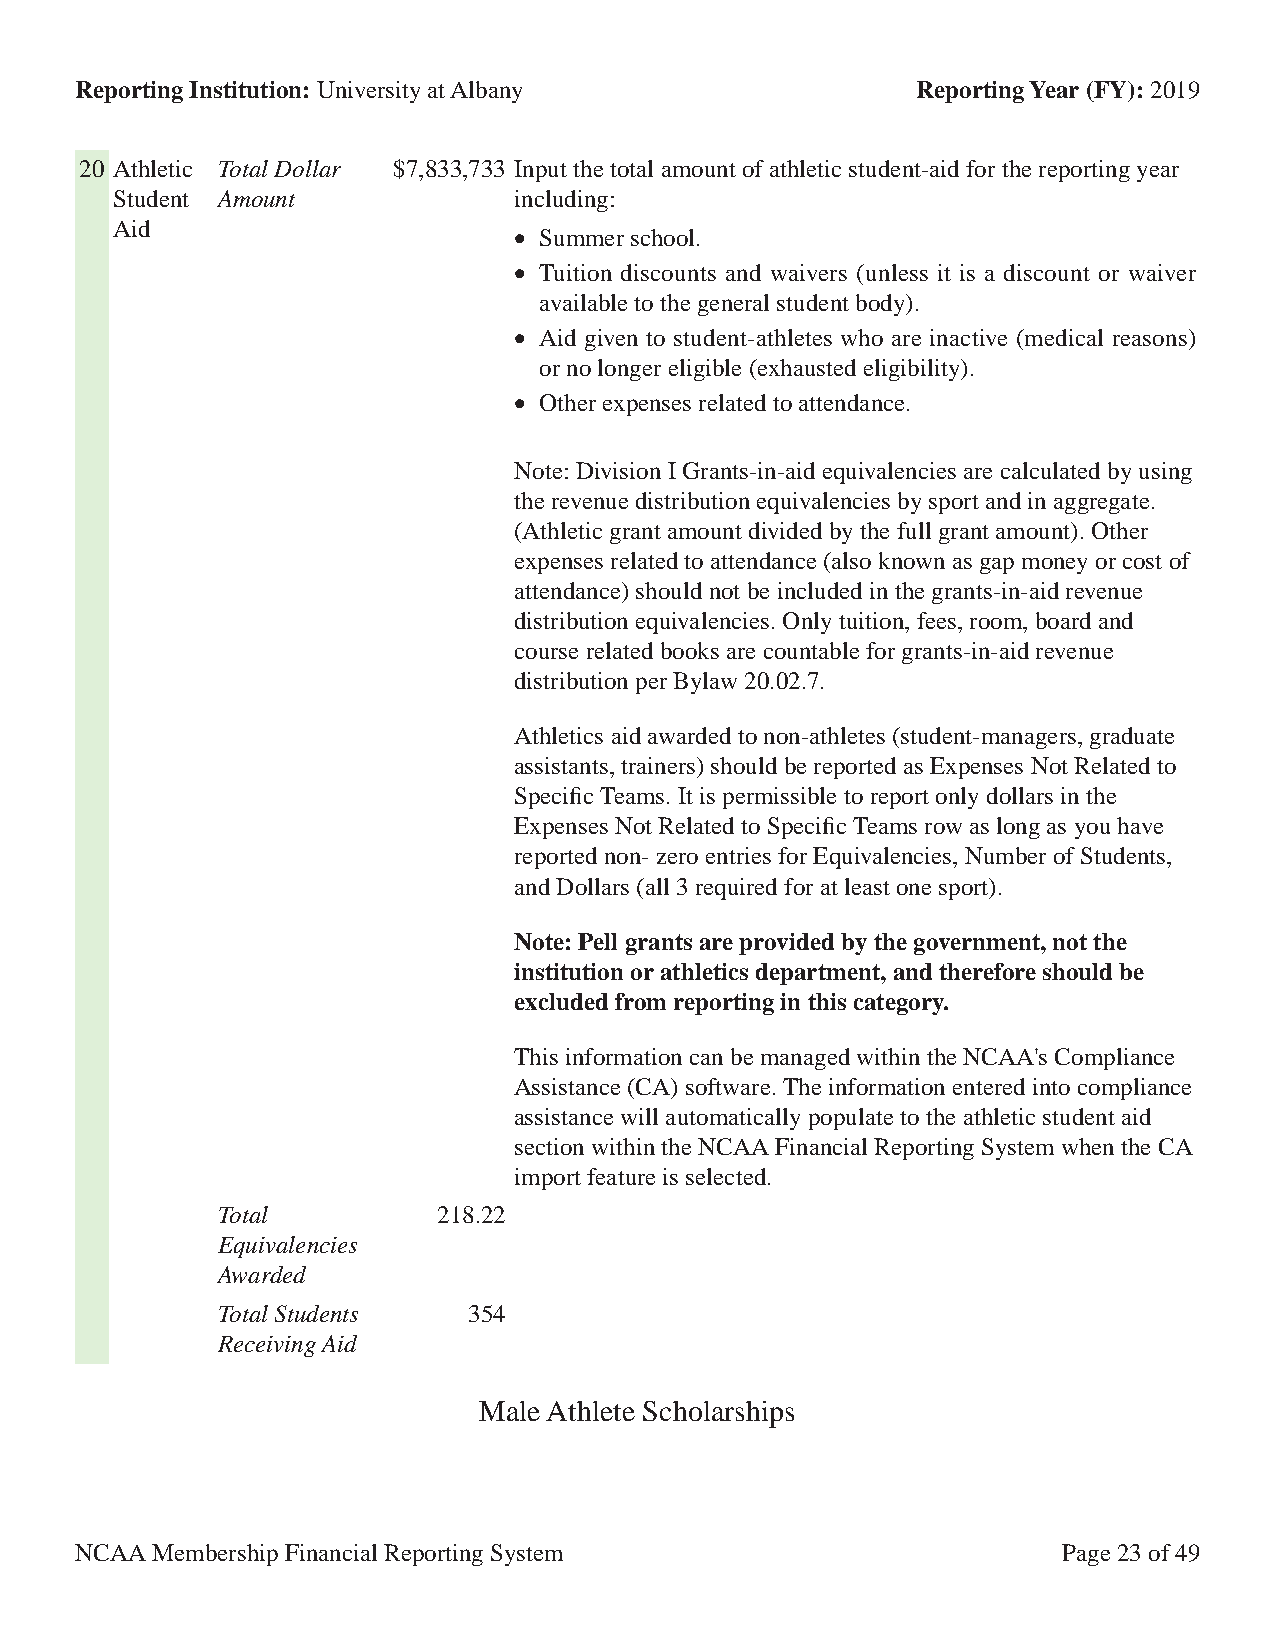
Reporting Institution: University at Albany             Reporting Year (FY): 2019
 20 Athletic Total Dollar $7,833,733 Input the total amount of athletic student-aid for the reporting year
 Student Amount             including:
 Aid                        • Summer school.
 • Tuition discounts and waivers (unless it is a discount or waiver
 available to the general student body).
 • Aid given to student-athletes who are inactive (medical reasons)
 or no longer eligible (exhausted eligibility).
 • Other expenses related to attendance.
 Note: Division I Grants-in-aid equivalencies are calculated by using
 the revenue distribution equivalencies by sport and in aggregate.
 (Athletic grant amount divided by the full grant amount). Other
 expenses related to attendance (also known as gap money or cost of
 attendance) should not be included in the grants-in-aid revenue
 distribution equivalencies. Only tuition, fees, room, board and
 course related books are countable for grants-in-aid revenue
 distribution per Bylaw 20.02.7.
 Athletics aid awarded to non-athletes (student-managers, graduate
 assistants, trainers) should be reported as Expenses Not Related to
 Specific Teams. It is permissible to report only dollars in the
 Expenses Not Related to Specific Teams row as long as you have
 reported non- zero entries for Equivalencies, Number of Students,
 and Dollars (all 3 required for at least one sport).
 Note: Pell grants are provided by the government, not the
 institution or athletics department, and therefore should be
 excluded from reporting in this category.
 This information can be managed within the NCAA's Compliance
 Assistance (CA) software. The information entered into compliance
 assistance will automatically populate to the athletic student aid
 section within the NCAA Financial Reporting System when the CA
 import feature is selected.
 Total          218.22
 Equivalencies
 Awarded
 Total Students   354
 Receiving Aid
 Male Athlete Scholarships
 NCAA Membership Financial Reporting System                       Page 23 of 49